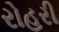
રોહરી